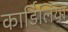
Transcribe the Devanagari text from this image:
कार्डिलिया